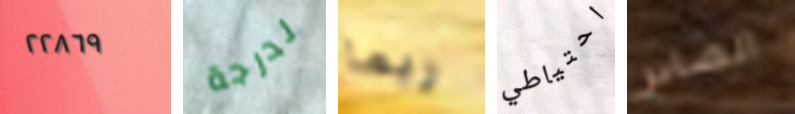
٢٢٨٦٩ لدرجة ربما احتياطي الصادر